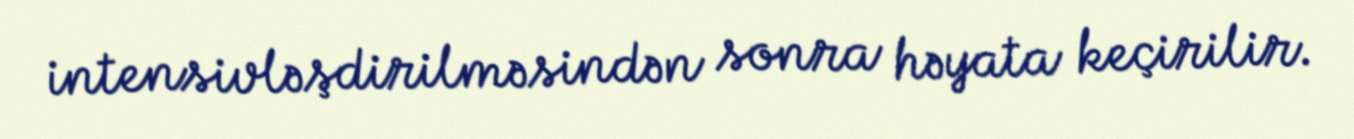
intensivləşdirilməsindən sonra həyata keçirilir.